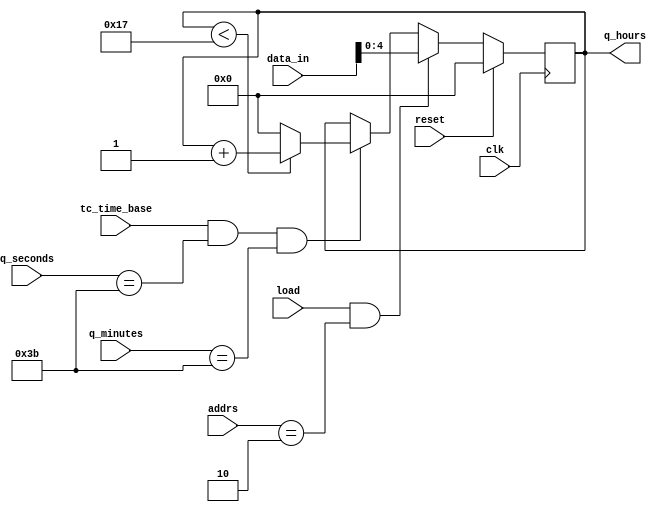
// name file: hours
// update date: 27/08/2023

module hours
(
	input wire 			clk,    		
	input wire 			reset,  		
	input wire 			tc_time_base,
	input wire 			load,
	input wire 	[1:0]	addrs,
	input wire 	[5:0]	data_in,
 	input wire  [5:0]	q_seconds,
	input  wire [5:0]	q_minutes,
	output reg  [4:0]   q_hours
);
	
	always@(posedge clk)
	begin
		if(reset == 1'b1) 
			q_hours <=5'd0;
		else
		begin
			if(load == 1'b1 && addrs == 2'b10)
				q_hours <= data_in[4:0];
			else
			begin
				if((tc_time_base == 1'b1)&(q_seconds == 6'd59)&(q_minutes == 6'd59))
				begin
					if(q_hours < 5'd23)
						q_hours <= q_hours + 5'd1;
					else
						q_hours <= 5'd0;
				end
			end
		end
	end

endmodule